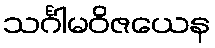
သင်္ဂါမဝိဇယေန